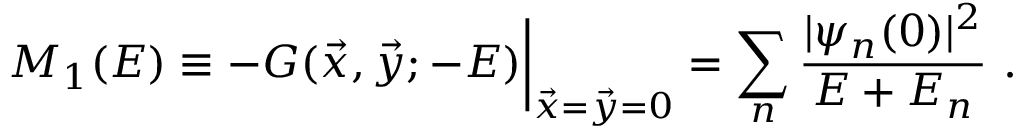
M _ { 1 } ( E ) \equiv - G ( \vec { x } , \vec { y } ; - E ) \bigg | _ { \vec { x } = \vec { y } = 0 } = \sum _ { n } { \frac { | \psi _ { n } ( 0 ) | ^ { 2 } } { E + E _ { n } } } \ .